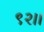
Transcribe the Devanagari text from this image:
९२।।